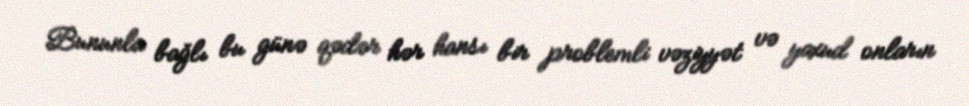
Bununla bağlı bu günə qədər hər hansı bir problemli vəziyyət və yaxud onların